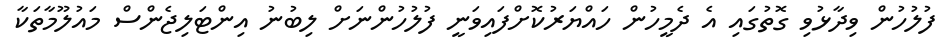
ފުލުހުން ވިދާޅުވި ގޮތުގައި އެ ދެމީހުން ހައްޔަރުކޮށްފައިވަނީ ފުލުހުންނަށް ލިބުނު އިންޓަލިޖެންސް މައުލޫމާތަކާ